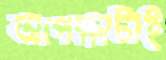
অপেক্ষাটাই